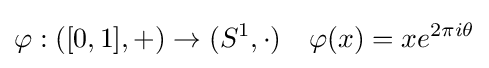
\varphi :([0,1],+)\to (S^{1},\cdot )\quad \varphi (x)=xe^{2\pi i\theta }